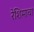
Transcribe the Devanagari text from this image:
रेशिमाचा